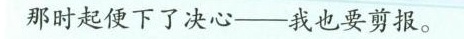
那时起便下了决心--我也要剪报。